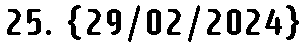
25. {29/02/2024}